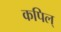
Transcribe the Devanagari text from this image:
कपिल्